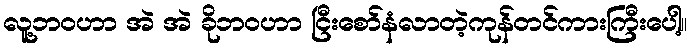
လူ့ဘဝဟာ အဲ အဲ ခိုဘဝဟာ ငြီးစော်နံလာတဲ့ကုန်တင်ကားကြီးပေါ့။